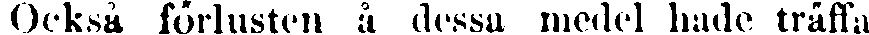
Också förlusten å dessa medel hade träffa